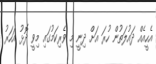
އެހީއެއް ދައުލަތުން ހުރަ އަށް ދިނީ މި ވެރިކަމުގައި މިވީ ދޮޅު އަހަރު